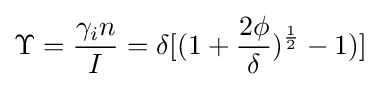
\Upsilon ={\frac {\gamma _{i}n}{I}}=\delta [(1+{\frac {2\phi }{\delta }})^{\frac {1}{2}}-1)]